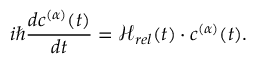
i \hbar \frac { d \boldsymbol { c } ^ { ( \alpha ) } ( t ) } { d t } = \boldsymbol { \mathcal { H } } _ { r e l } ( t ) \cdot \boldsymbol { c } ^ { ( \alpha ) } ( t ) .